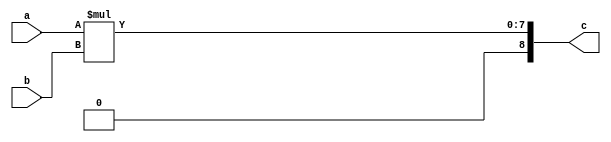
module mult(input [3:0] a, input [3:0] b, output reg [8:0] c
    );

always@(*)

c= a*b;


endmodule